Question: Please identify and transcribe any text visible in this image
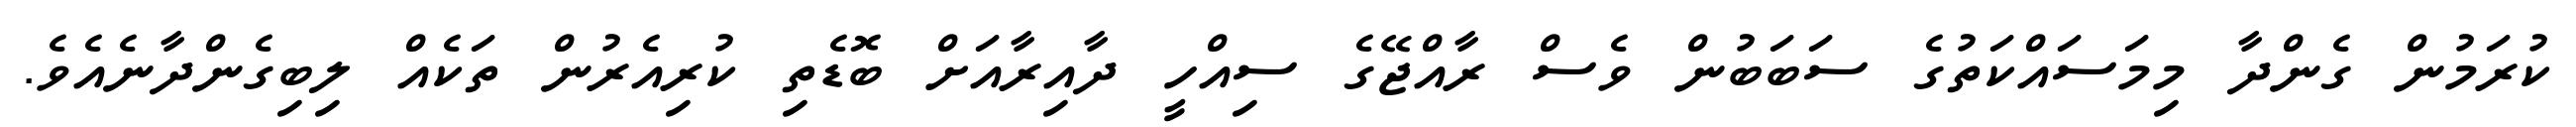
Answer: ކުރަމުން ގެންދާ މިމަސައްކަތުގެ ސަބަބުން ވެސް ރާއްޖޭގެ ސިއްހީ ދާއިރާއަށް ބޮޑެތި ކުރިއެރުން ތަކެއް ލިބިގެންދާނެއެވެ.